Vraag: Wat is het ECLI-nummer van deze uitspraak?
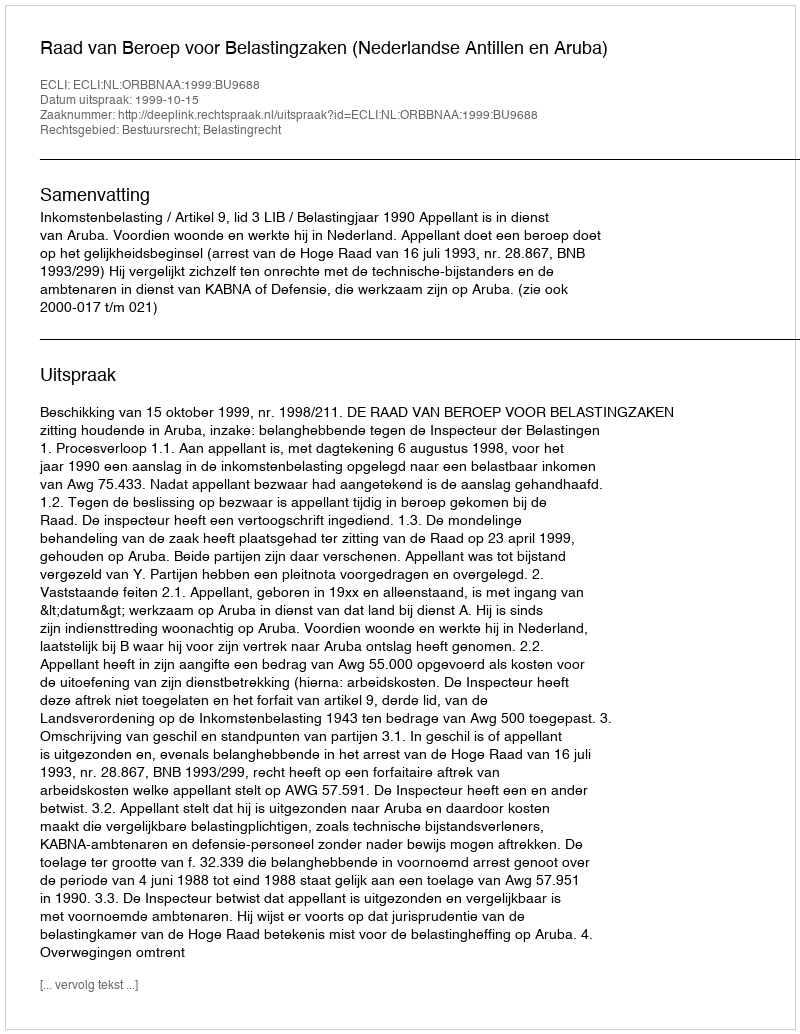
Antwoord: ECLI:NL:ORBBNAA:1999:BU9688